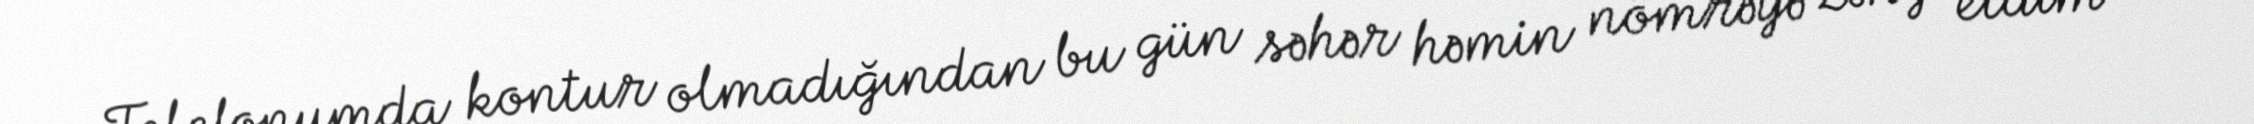
Telefonumda kontur olmadığından bu gün səhər həmin nömrəyə zəng etdim və